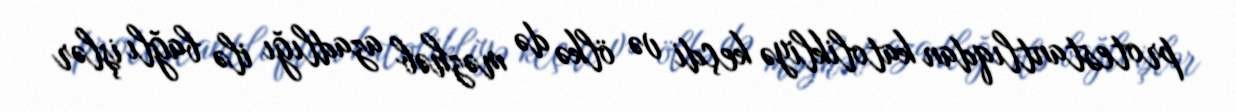
protestantlıqdan katolikliyə keçdi və ölkə də məzhəb azadlığı ilə bağlı işlər